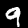
Label: 9